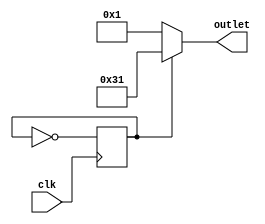
module MY_TEST
(
	input clk,
	output reg [5:0] outlet
);

reg set;

initial 
begin
	outlet = 6'd0;
	set = 0;
end

always @(posedge clk)
begin
	set = !set;
end

always @(set)
begin
	if(set) outlet <= 6'd49; 
	else outlet <= 2'd01; 
end

endmodule